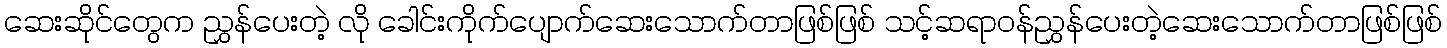
ဆေးဆိုင်တွေက ညွှန်ပေးတဲ့ လို ခေါင်းကိုက်ပျောက်ဆေးသောက်တာဖြစ်ဖြစ် သင့်ဆရာဝန်ညွှန်ပေးတဲ့ဆေးသောက်တာဖြစ်ဖြစ်